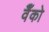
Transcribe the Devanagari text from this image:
वैँको